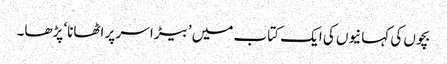
بچوں کی کہانیوں کی ایک کتاب میں ’بیڑا سر پر اٹھانا‘ پڑھا۔